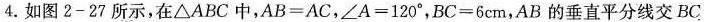
4.如图2-27所示，在\triangle ABC中，$$AB=AC$$，$$\angle A=120^{\circ}$$，$$BC=6cm$$，AB的垂直平分线交BC